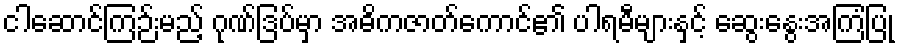
ငါဆောင်ကြဉ်းမည့် ဂုဏ်ဒြပ်မှာ အဓိကဇာတ်ကောင်၏ ပါရမီများနှင့် ဆွေးနွေးအကြံပြု